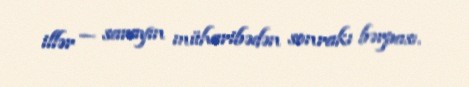
illər — sarayın müharibədən sonrakı bərpası.